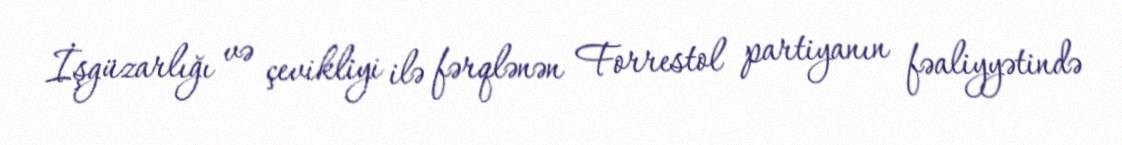
İşgüzarlığı və çevikliyi ilə fərqlənən Forrestol partiyanın fəaliyyətində